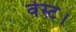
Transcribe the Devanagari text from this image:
वेस्ट।